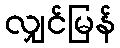
လျှင်မြန်